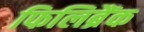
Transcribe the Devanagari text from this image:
फिलिब्रैंक